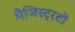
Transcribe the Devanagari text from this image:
मैजिस्ट्रटों